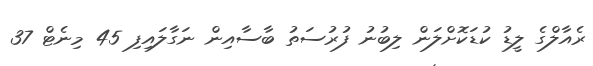
ރެއާލްގެ ލީޑު ކުޑަކޮށްލަން ލިބުނު ފުރުސަތު ބާސާއިން ނަގާލައިފި 45 މިނެޓް 37